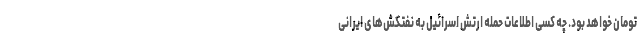
تومان خواهد بود. چه کسی اطلاعات حمله ارتش اسرائیل به نفتکش‌های ایرانی